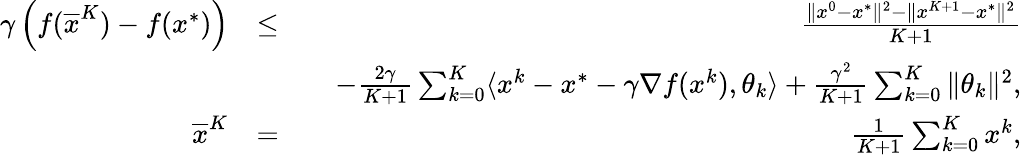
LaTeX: \begin{array}{rlr}{\gamma\left(f(\overline{{x}}^{K})-f(x^{*})\right)}&{\leq}&{\frac{\| x^{0}-x^{*}\| ^{2}-\| x^{K+1}-x^{*}\| ^{2}}{K+1}}\\ &{}&{\quad-\frac{2\gamma}{K+1}\sum_{k=0}^{K}\langle x^{k}-x^{*}-\gamma\nabla f(x^{k}),\theta_{k}\rangle+\frac{\gamma^{2}}{K+1}\sum_{k=0}^{K}\| \theta_{k}\| ^{2},}\\ {\overline{{x}}^{K}}&{=}&{\frac{1}{K+1}\sum_{k=0}^{K}x^{k},}\end{array}